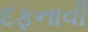
દફનાવી